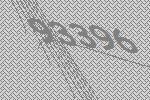
93396